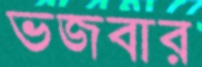
ভজবার